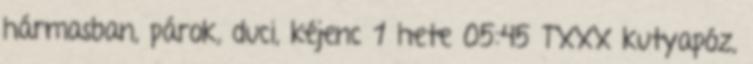
hármasban, párok, duci, kéjenc 1 hete 05:45 TXXX kutyapóz,